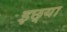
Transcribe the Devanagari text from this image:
इछ्या